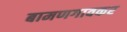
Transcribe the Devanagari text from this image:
बामणगावकर